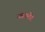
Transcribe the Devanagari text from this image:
काश्मीरं